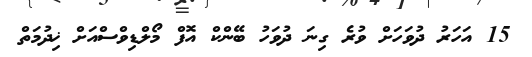
15 އަހަރު ދުވަހަށް ވުރެ ގިނަ ދުވަހު ބޭންކް އޮފް މޯލްޑިވްސްއަށް ޚިދުމަތް